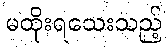
မထိုးရသေးသည့်